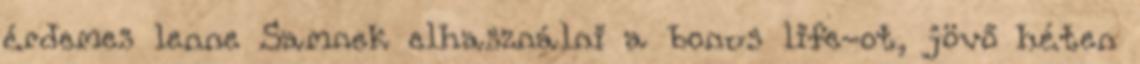
érdemes lenne Samnek elhasználni a bonus life-ot, jövő héten